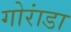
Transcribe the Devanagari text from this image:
गोरांडा